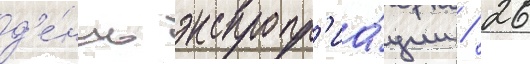
д'е́нь экспропр'иа́ции / 26